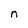
Character: n